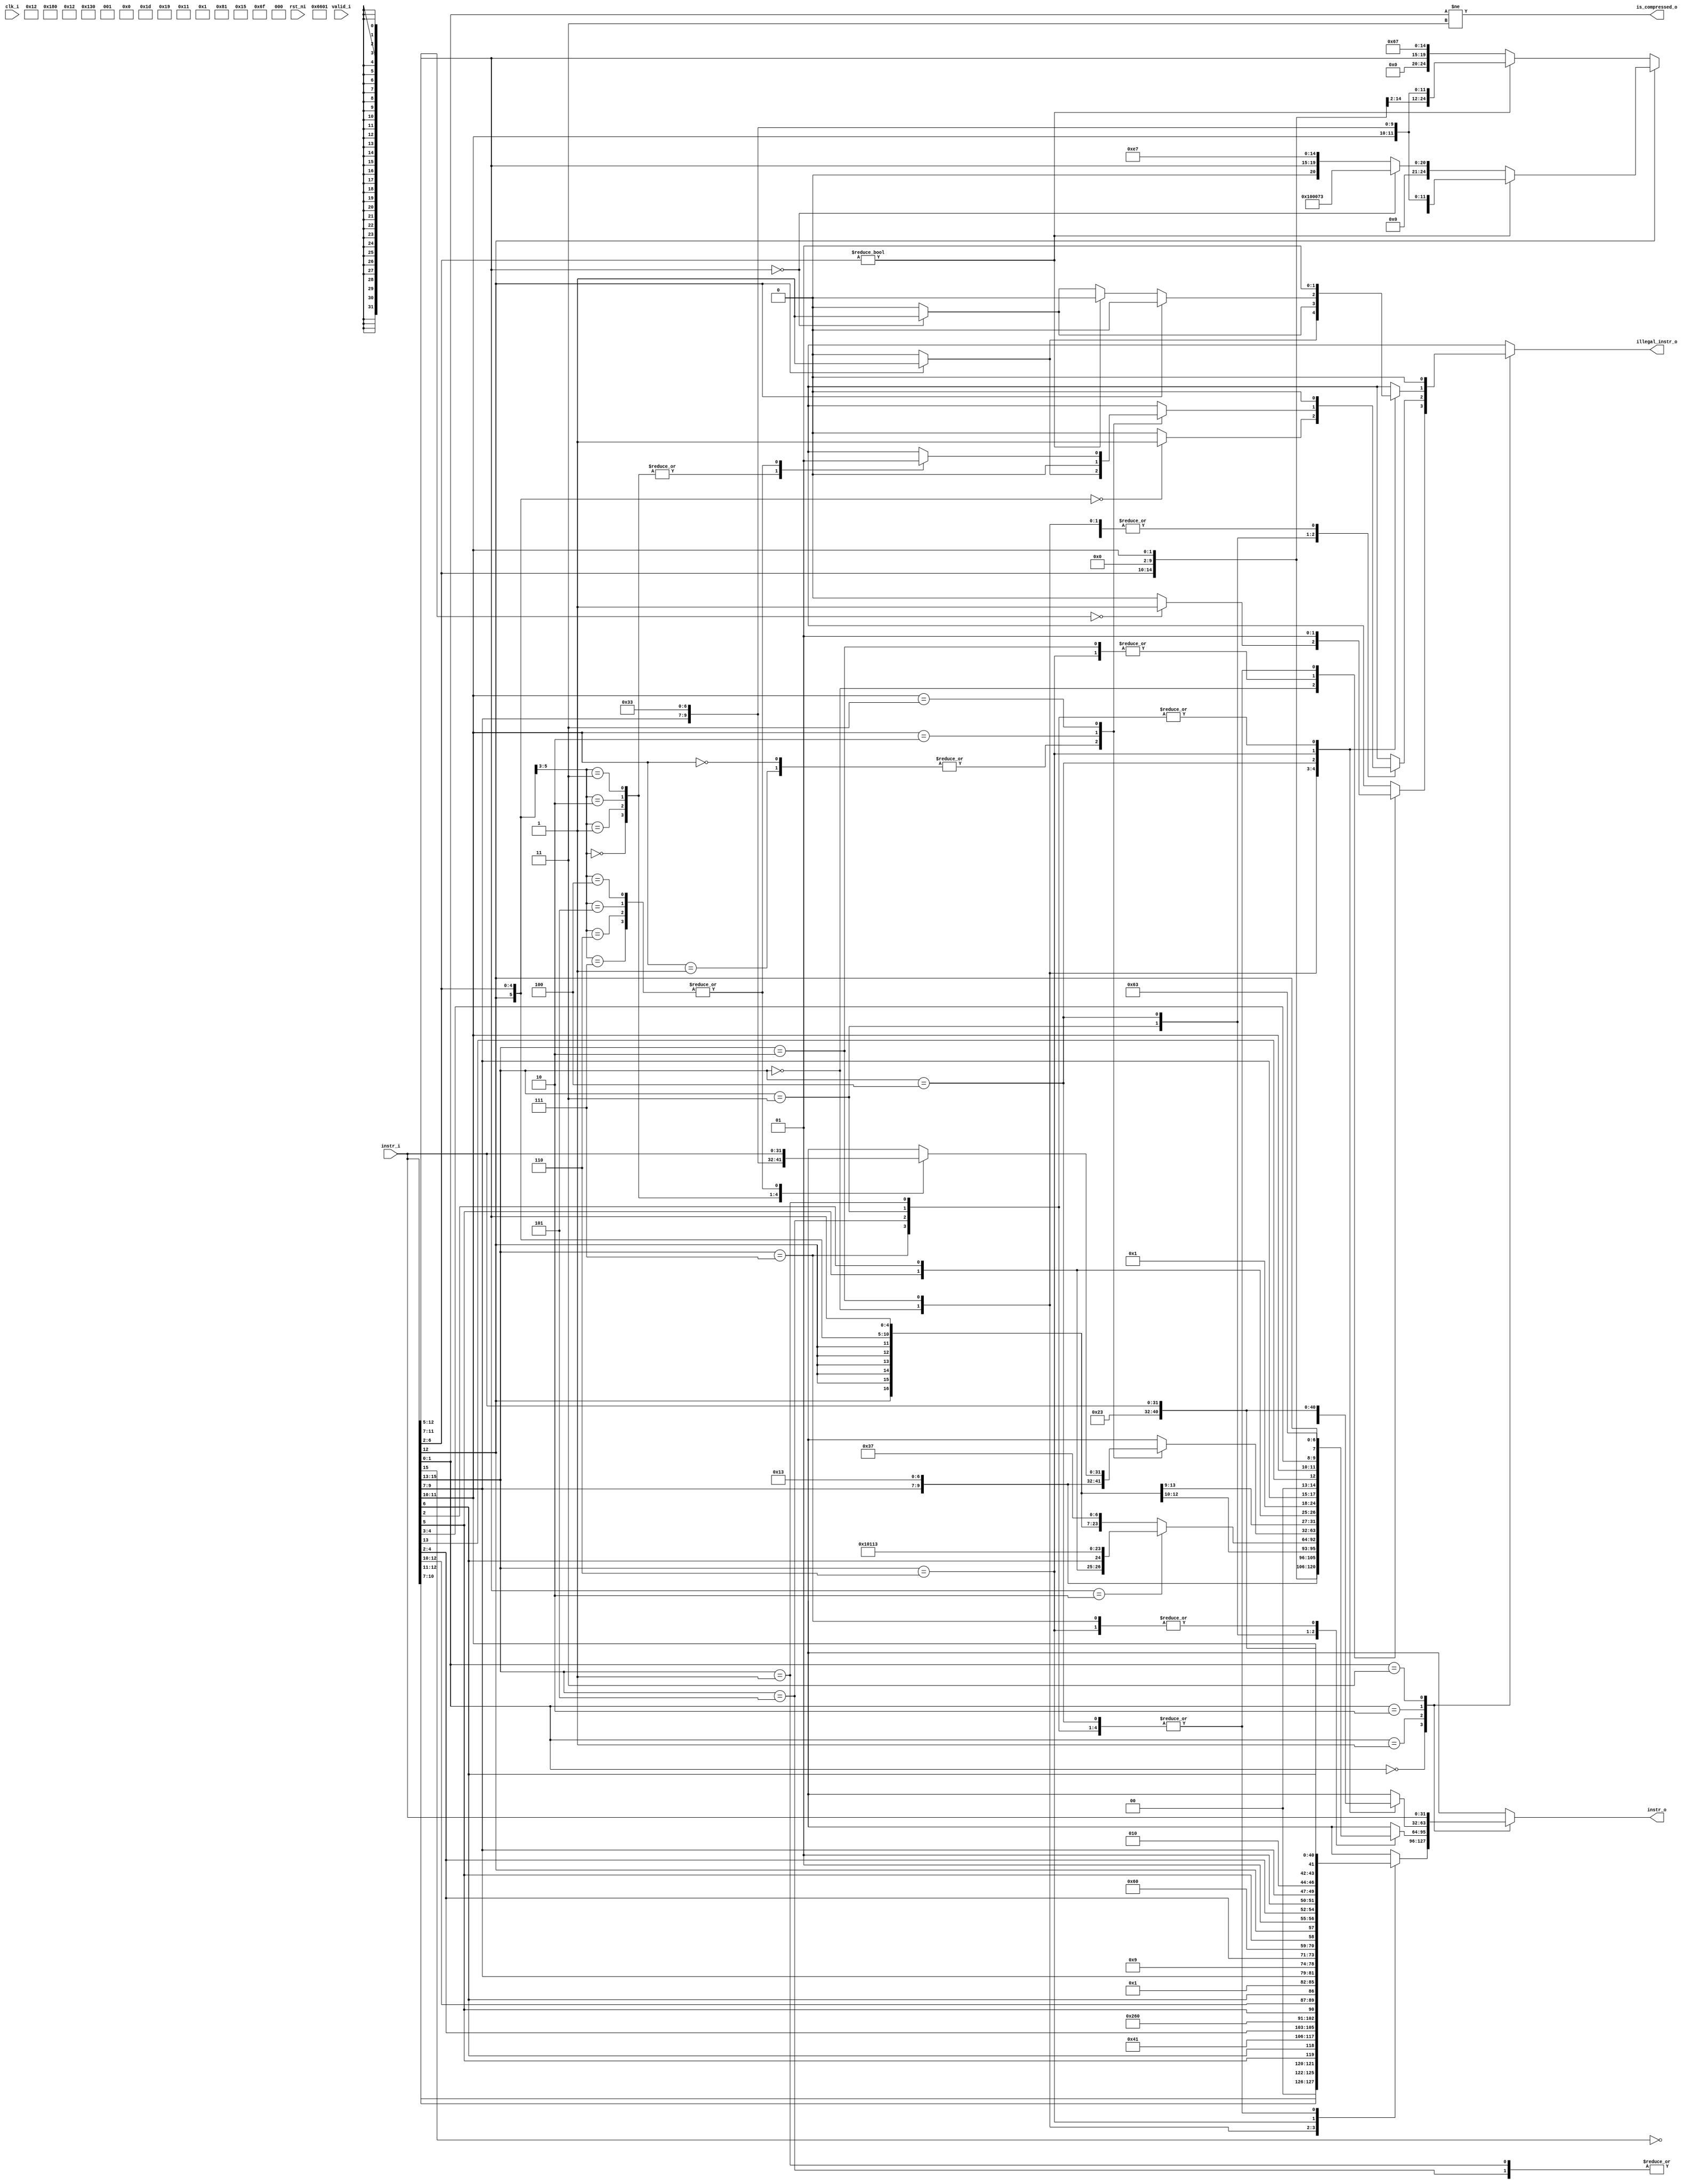
module ibex_compressed_decoder (
	clk_i,
	rst_ni,
	valid_i,
	instr_i,
	instr_o,
	is_compressed_o,
	illegal_instr_o
);
	input wire clk_i;
	input wire rst_ni;
	input wire valid_i;
	input wire [31:0] instr_i;
	output reg [31:0] instr_o;
	output wire is_compressed_o;
	output reg illegal_instr_o;
	wire unused_valid;
	assign unused_valid = valid_i;
	always @(*) begin
		instr_o = instr_i;
		illegal_instr_o = 1'b0;
		case (instr_i[1:0])
			2'b00:
				case (instr_i[15:13])
					3'b000: begin
						instr_o = {2'b00, instr_i[10:7], instr_i[12:11], instr_i[5], instr_i[6], 12'h041, instr_i[4:2], 7'h13};
						if (instr_i[12:5] == 8'b00000000)
							illegal_instr_o = 1'b1;
					end
					3'b010: instr_o = {5'b00000, instr_i[5], instr_i[12:10], instr_i[6], 4'b0001, instr_i[9:7], 5'b01001, instr_i[4:2], 7'h03};
					3'b110: instr_o = {5'b00000, instr_i[5], instr_i[12], 2'b01, instr_i[4:2], 2'b01, instr_i[9:7], 3'b010, instr_i[11:10], instr_i[6], 9'h023};
					3'b001, 3'b011, 3'b100, 3'b101, 3'b111: illegal_instr_o = 1'b1;
					default: illegal_instr_o = 1'b1;
				endcase
			2'b01:
				case (instr_i[15:13])
					3'b000: instr_o = {{6 {instr_i[12]}}, instr_i[12], instr_i[6:2], instr_i[11:7], 3'b000, instr_i[11:7], 7'h13};
					3'b001, 3'b101: instr_o = {instr_i[12], instr_i[8], instr_i[10:9], instr_i[6], instr_i[7], instr_i[2], instr_i[11], instr_i[5:3], {9 {instr_i[12]}}, 4'b0000, ~instr_i[15], 7'h6f};
					3'b010: instr_o = {{6 {instr_i[12]}}, instr_i[12], instr_i[6:2], 8'b00000000, instr_i[11:7], 7'h13};
					3'b011: begin
						instr_o = {{15 {instr_i[12]}}, instr_i[6:2], instr_i[11:7], 7'h37};
						if (instr_i[11:7] == 5'h02)
							instr_o = {{3 {instr_i[12]}}, instr_i[4:3], instr_i[5], instr_i[2], instr_i[6], 24'h010113};
						if ({instr_i[12], instr_i[6:2]} == 6'b000000)
							illegal_instr_o = 1'b1;
					end
					3'b100:
						case (instr_i[11:10])
							2'b00, 2'b01: begin
								instr_o = {1'b0, instr_i[10], 5'b00000, instr_i[6:2], 2'b01, instr_i[9:7], 5'b10101, instr_i[9:7], 7'h13};
								if (instr_i[12] == 1'b1)
									illegal_instr_o = 1'b1;
							end
							2'b10: instr_o = {{6 {instr_i[12]}}, instr_i[12], instr_i[6:2], 2'b01, instr_i[9:7], 5'b11101, instr_i[9:7], 7'h13};
							2'b11:
								case ({instr_i[12], instr_i[6:5]})
									3'b000: instr_o = {9'b010000001, instr_i[4:2], 2'b01, instr_i[9:7], 5'b00001, instr_i[9:7], 7'h33};
									3'b001: instr_o = {9'b000000001, instr_i[4:2], 2'b01, instr_i[9:7], 5'b10001, instr_i[9:7], 7'h33};
									3'b010: instr_o = {9'b000000001, instr_i[4:2], 2'b01, instr_i[9:7], 5'b11001, instr_i[9:7], 7'h33};
									3'b011: instr_o = {9'b000000001, instr_i[4:2], 2'b01, instr_i[9:7], 5'b11101, instr_i[9:7], 7'h33};
									3'b100, 3'b101, 3'b110, 3'b111: illegal_instr_o = 1'b1;
									default: illegal_instr_o = 1'b1;
								endcase
							default: illegal_instr_o = 1'b1;
						endcase
					3'b110, 3'b111: instr_o = {{4 {instr_i[12]}}, instr_i[6:5], instr_i[2], 7'b0000001, instr_i[9:7], 2'b00, instr_i[13], instr_i[11:10], instr_i[4:3], instr_i[12], 7'h63};
					default: illegal_instr_o = 1'b1;
				endcase
			2'b10:
				case (instr_i[15:13])
					3'b000: begin
						instr_o = {7'b0000000, instr_i[6:2], instr_i[11:7], 3'b001, instr_i[11:7], 7'h13};
						if (instr_i[12] == 1'b1)
							illegal_instr_o = 1'b1;
					end
					3'b010: begin
						instr_o = {4'b0000, instr_i[3:2], instr_i[12], instr_i[6:4], 10'h012, instr_i[11:7], 7'h03};
						if (instr_i[11:7] == 5'b00000)
							illegal_instr_o = 1'b1;
					end
					3'b100:
						if (instr_i[12] == 1'b0) begin
							if (instr_i[6:2] != 5'b00000)
								instr_o = {7'b0000000, instr_i[6:2], 8'b00000000, instr_i[11:7], 7'h33};
							else begin
								instr_o = {12'b000000000000, instr_i[11:7], 15'h0067};
								if (instr_i[11:7] == 5'b00000)
									illegal_instr_o = 1'b1;
							end
						end
						else if (instr_i[6:2] != 5'b00000)
							instr_o = {7'b0000000, instr_i[6:2], instr_i[11:7], 3'b000, instr_i[11:7], 7'h33};
						else if (instr_i[11:7] == 5'b00000)
							instr_o = 32'h00100073;
						else
							instr_o = {12'b000000000000, instr_i[11:7], 15'h00e7};
					3'b110: instr_o = {4'b0000, instr_i[8:7], instr_i[12], instr_i[6:2], 8'h12, instr_i[11:9], 9'h023};
					3'b001, 3'b011, 3'b101, 3'b111: illegal_instr_o = 1'b1;
					default: illegal_instr_o = 1'b1;
				endcase
			2'b11:
				;
			default: illegal_instr_o = 1'b1;
		endcase
	end
	assign is_compressed_o = instr_i[1:0] != 2'b11;
endmodule